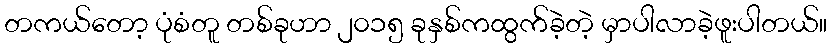
တကယ်တော့ ပုံစံတူ တစ်ခုဟာ ၂၀၁၅ ခုနှစ်ကထွက်ခဲ့တဲ့ မှာပါလာခဲ့ဖူးပါတယ်။